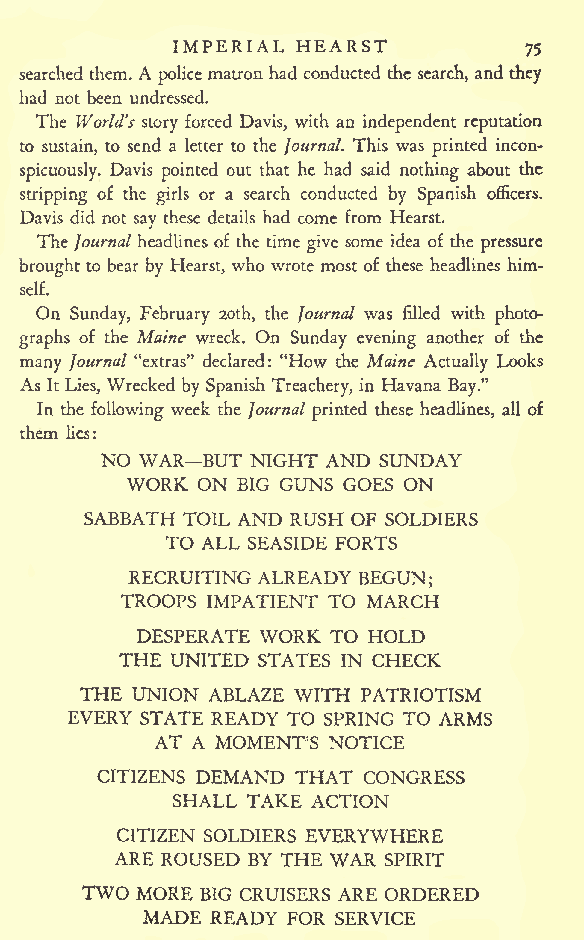
IMPERIAL HEARST
 75
 searched them. A police matron had conducted the search, and they
 had not been undressed.
 The World's story forced Davis, with an independent reputation
 to sustain, to send a letter to the Journal. This was printed incon-
 spicuously. Davis pointed out that he had said nothing about the
 stripping of the girls or a search conducted by Spanish officers.
 Davis did not say these details had come from Hearst.
 The Journal headlines of the time give some idea of the pressure
 brought to bear by Hearst, who wrote most of these headlines him-
 self.
 On Sunday, February 2oth, the Journal was filled with photo-
 graphs of the Maine wreck. On Sunday evening another of the
 many Journal "extras" declared: "How the Maine Actually Looks
 As It Lies, Wrecked by Spanish Treachery, in Havana Bay."
 In the following week the Journal printed these headlines, all of
 them lies:
 NO WAR BUT NIGHT AND SUNDAY
 WORK ON BIG GUNS GOES ON
 SABBATH TOIL AND RUSH OF SOLDIERS
 TO ALL SEASIDE FORTS
 RECRUITING ALREADY BEGUN;
 TROOPS IMPATIENT TO MARCH
 DESPERATE WORK TO HOLD
 THE UNITED STATES IN CHECK
 THE UNION ABLAZE WITH PATRIOTISM
 EVERY STATE READY TO SPRING TO ARMS
 AT A MOMENT'S NOTICE
 CITIZENS DEMAND THAT CONGRESS
 SHALL TAKE ACTION
 CITIZEN SOLDIERS EVERYWHERE
 ARE ROUSED BY THE WAR SPIRIT
 TWO MORE BIG CRUISERS ARE ORDERED
 MADE READY FOR SERVICE